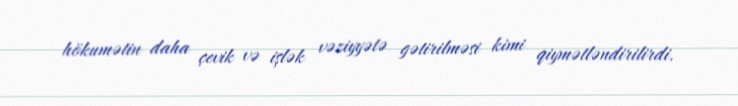
hökumətin daha çevik və işlək vəziyyətə gətirilməsi kimi qiymətləndirilirdi.